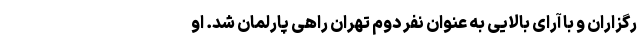
رگزاران و با آرای بالایی به عنوان نفر دوم تهران راهی پارلمان شد. او